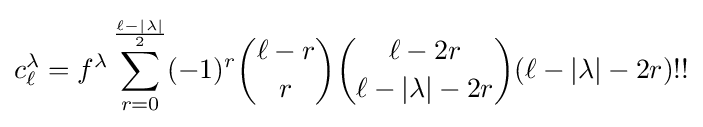
c_{\ell }^{\lambda }=f^{\lambda }\sum _{r=0}^{\frac {\ell -|\lambda |}{2}}(-1)^{r}{\binom {\ell -r}{r}}{\binom {\ell -2r}{\ell -|\lambda |-2r}}(\ell -|\lambda |-2r)!!